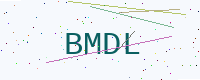
Text: BMDL